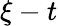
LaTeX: \xi-t